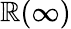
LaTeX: \mathbb{R}(\infty)